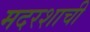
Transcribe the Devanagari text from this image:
मदरशाची